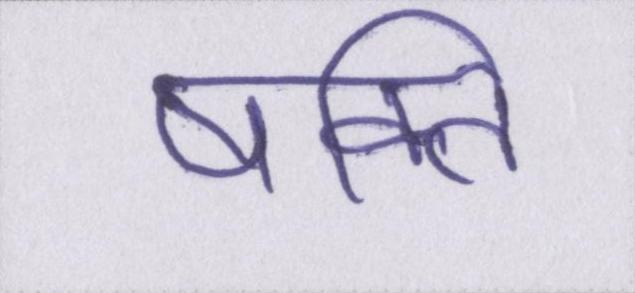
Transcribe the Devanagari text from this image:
षक्ति